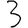
Digit: 3